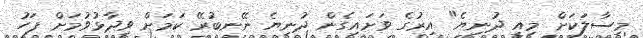
މިސާލަކަށް މިއީ ދުނިޔެ" އިރުގެ ވަށައިގެން ދުނިޔެ ނޭނބުރޭ ކަމަށް ވިދާޅުވުމަށް ފަހު